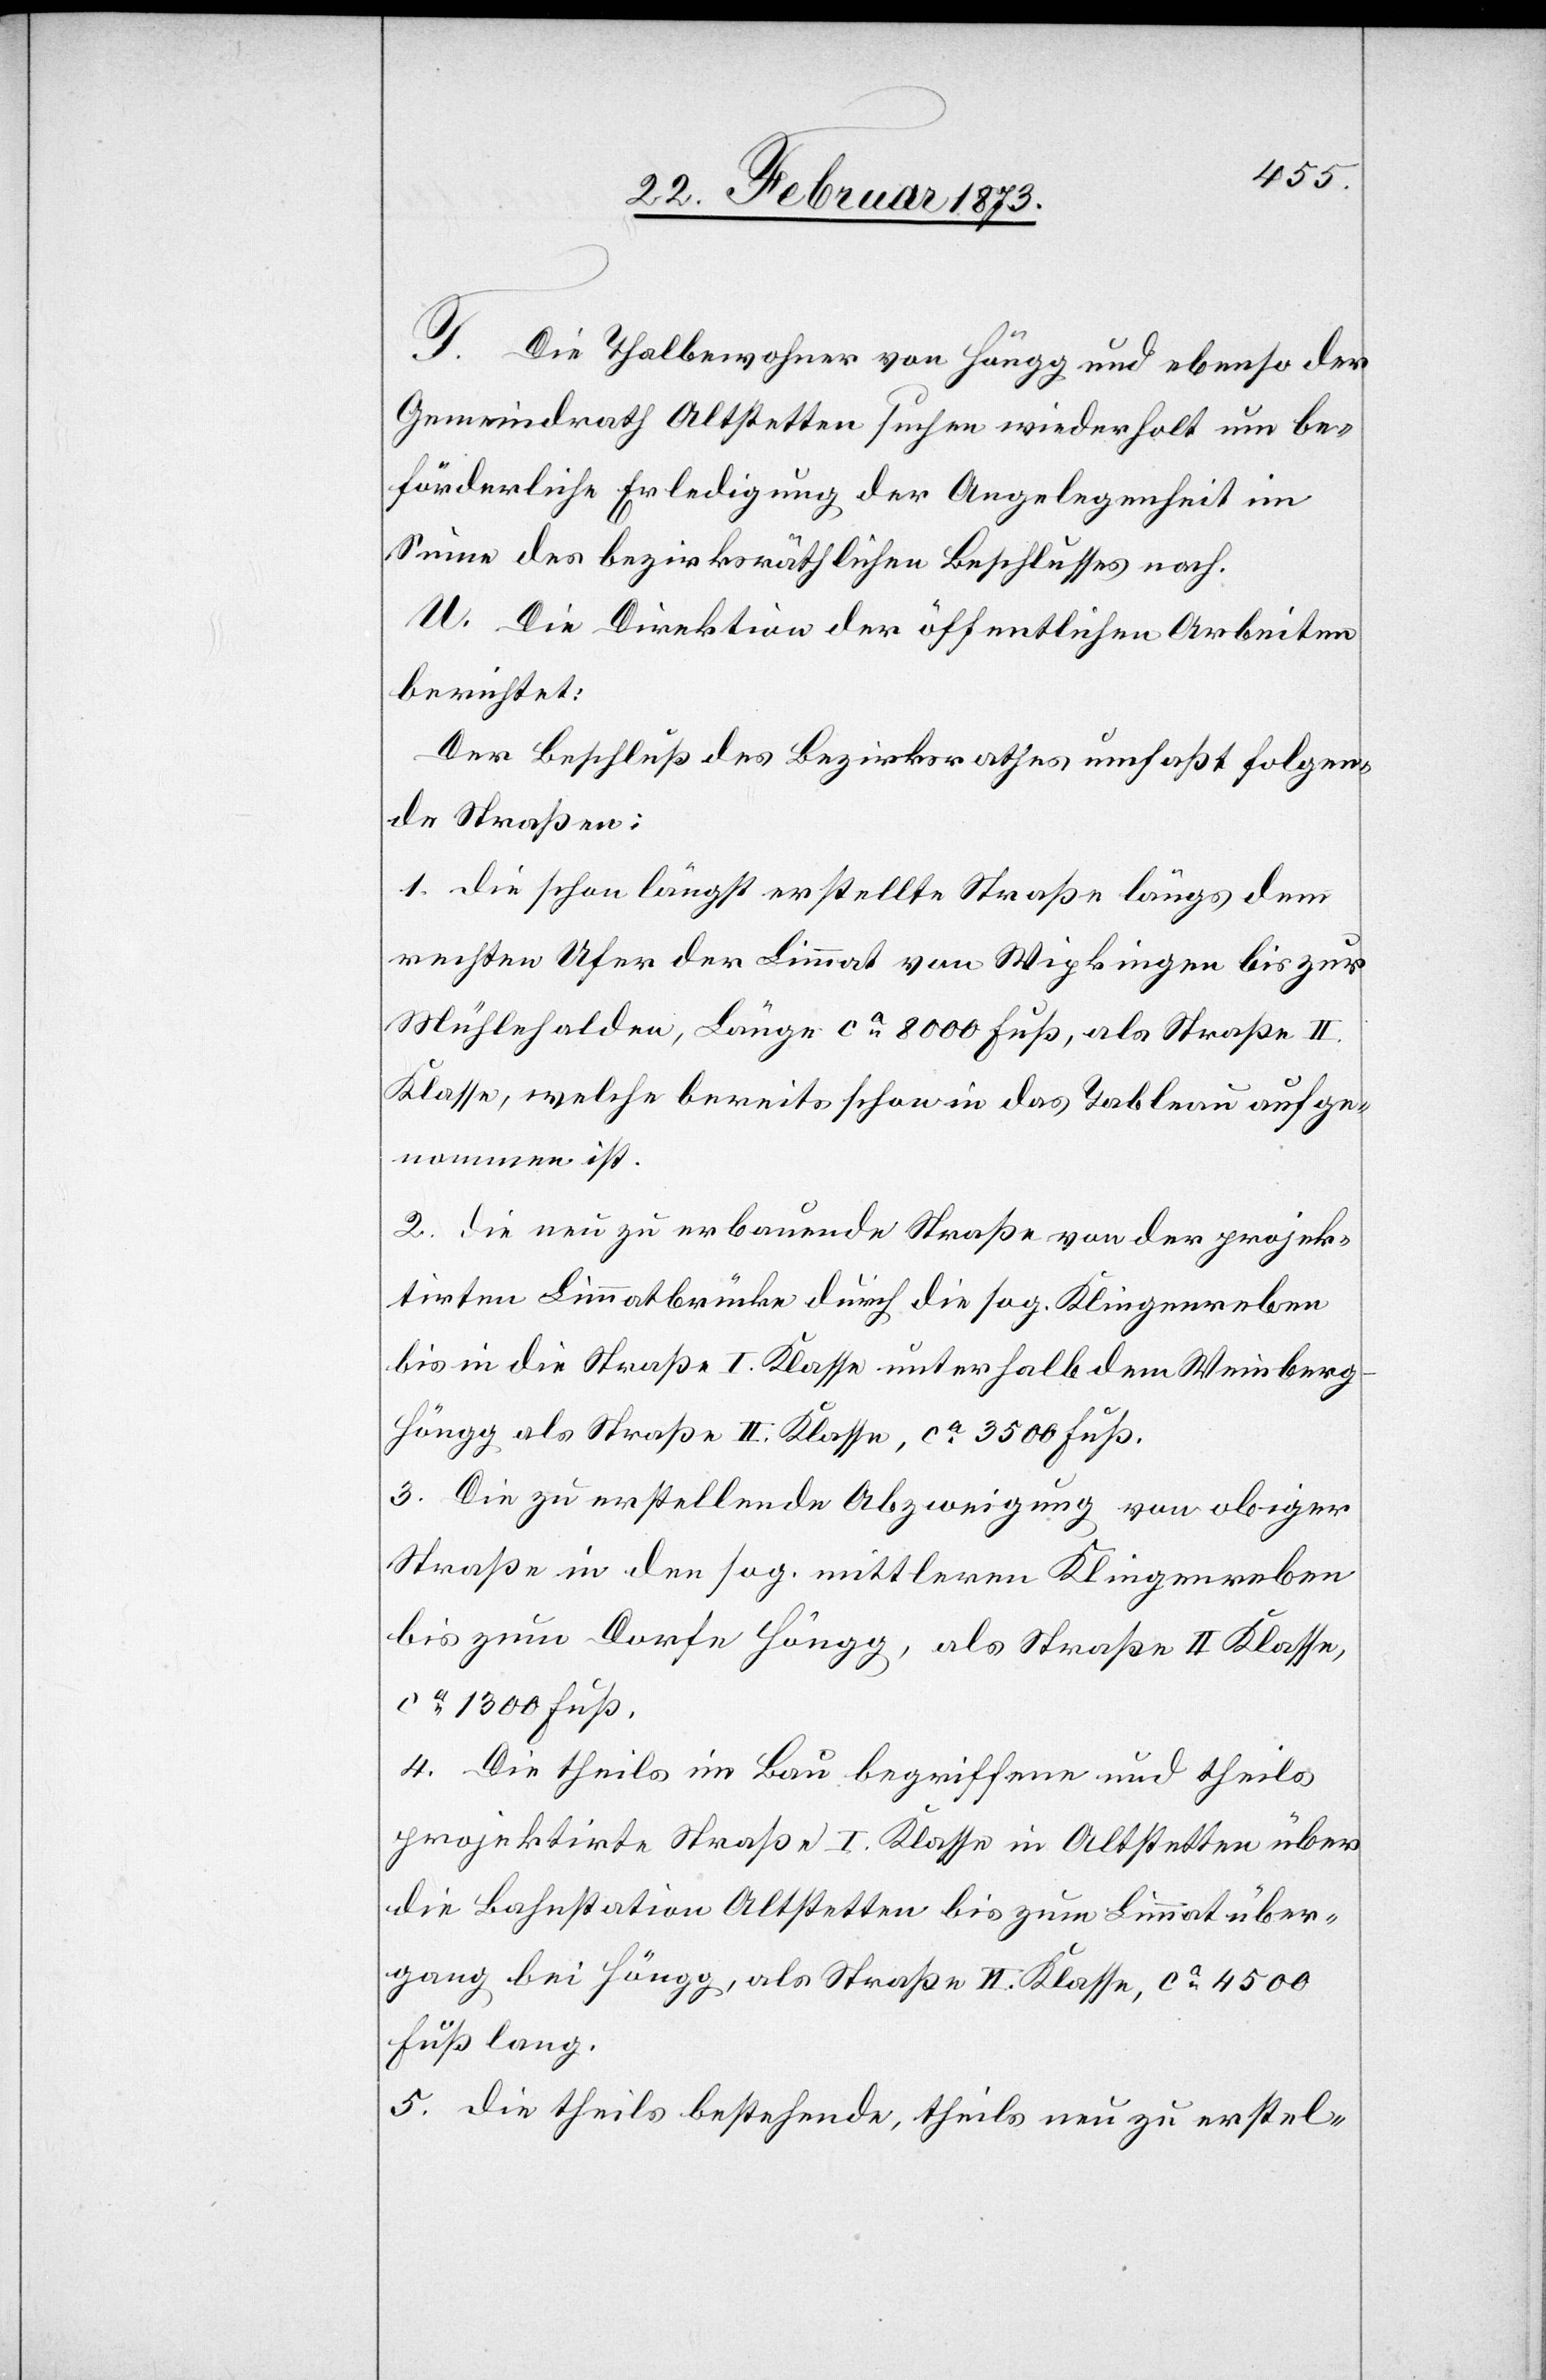
T. Die Thalbewohner von Höngg und ebenso der
Gemeindrath Altstetten suchen wiederholt um be¬
förderliche Erledigung der Angelegenheit im
Sinne des bezirksräthlichen Beschlusses nach.
U. Die Direktion der öffentlichen Arbeiten
berichtet:
Der Beschluß des Bezirksrathes umfaßt folgen¬
de Straßen:
1. die schon längst erstellte Straße längs dem
rechten Ufer der Limmat von Wipkingen bis zur
Mühlehalden, Länge ca 8000 Fuß, als Straße II.
Klasse, welche bereits schon in das Tableau aufge¬
nommen ist.
2. die neu zu erbauende Straße von der projek¬
tirten Limmatbrücke durch die sog. Klingenreben
bis in die Straße I. Klasse unterhalb dem Weinberg
Höngg als Straße II. Klasse, ca 3500 Fuß.
3. Die zu erstellende Abzweigung von obiger
Straße in den sog. mittleren Klingenreben
bis zum Dorfe Höngg, als Straße II. Klasse,
ca 1300 Fuß.
4. Die theils im Bau begriffene und theils
projektirte Straße I. Klasse in Altstetten über
die Bahnstation Altstetten bis zum Limmatüber¬
gang bei Höngg, als Straße II. Klasse, ca 4500
Fuß lang.
5. die theils bestehende, theils neu zu erstel-